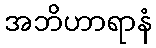
အဘိဟာရာနံ